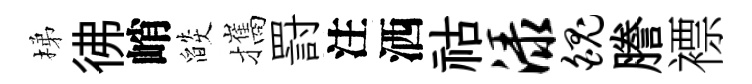
梯彿峭燄攜罸注洒祜渌魄謄褾